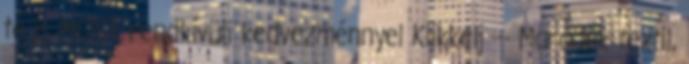
te is MOST rendkívüli kedvezménnyel Klikkelj --- Maradék textil,